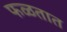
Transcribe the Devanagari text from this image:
फळतात